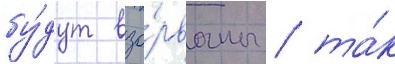
бу́дут взо́рваны / та́к